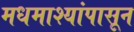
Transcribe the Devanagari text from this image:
मधमाश्यांपासून